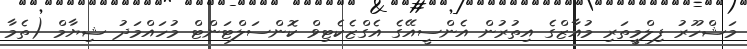
މަޝްހޫރު ފިލްމީތަރި މުއާޒްގެ އިތުރުން އެންސީއޭގެ އެގްޒެކެޓިވް ކޮންސަލްޓަންޓް މުހައްމަދު ޝިޔާމް (ތެމާ